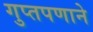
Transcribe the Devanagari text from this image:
गुप्तपणाने